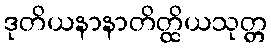
ဒုတိယနာနာတိတ္ထိယသုတ္တ